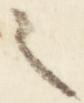
之